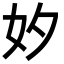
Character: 𡚵